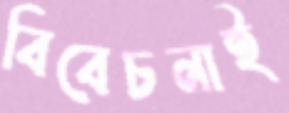
বিবেচনাই